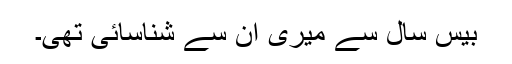
بیس سال سے میری ان سے شناسائی تھی۔